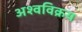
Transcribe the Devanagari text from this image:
अश्वविक्रय